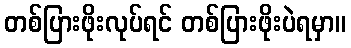
တစ်ပြားဖိုးလုပ်ရင် တစ်ပြားဖိုးပဲရမှာ။